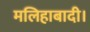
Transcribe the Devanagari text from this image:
मलिहाबादी।